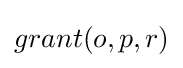
grant(o,p,r)